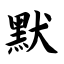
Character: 默